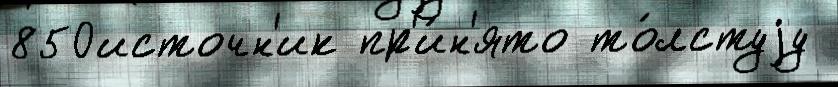
850источн'ик пр'и́н'ято то́лстуjу